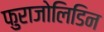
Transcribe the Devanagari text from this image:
फुराजोलिडिन